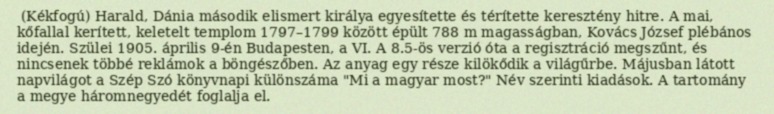
(Kékfogú) Harald, Dánia második elismert királya egyesítette és térítette keresztény hitre. A mai, kőfallal kerített, keletelt templom 1797–1799 között épült 788 m magasságban, Kovács József plébános idején. Szülei 1905. április 9-én Budapesten, a VI. A 8.5-ös verzió óta a regisztráció megszűnt, és nincsenek többé reklámok a böngészőben. Az anyag egy része kilökődik a világűrbe. Májusban látott napvilágot a Szép Szó könyvnapi különszáma "Mi a magyar most?" Név szerinti kiadások. A tartomány a megye háromnegyedét foglalja el.